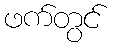
ဖက်တွင်